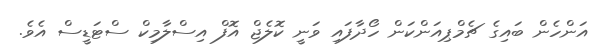
އަންހެން ބައިގެ ޗެމްޕިއަންކަން ހޯދާފައި ވަނީ ކޮލެޖް އޮފް އިސްލާމިކް ސްޓަޑީސް އެވެ.